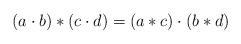
LaTeX: \begin{align*}\left( a\cdot b\right) *\left( c\cdot d\right) =\left( a*c\right) \cdot\left( b*d\right) \end{align*}